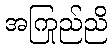
အကြည်ညို